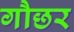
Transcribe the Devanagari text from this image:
गौछर